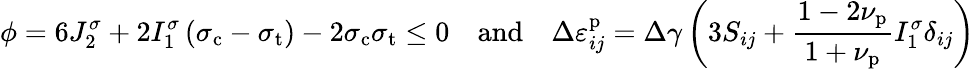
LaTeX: \phi=6J_{2}^{\sigma}+2I_{1}^{\sigma}\left(\sigma_{\mathrm{c}}-\sigma_{\mathrm{t}}\right)-2\sigma_{\mathrm{c}}\sigma_{\mathrm{t}}\leq 0\quad\mathrm{and}\quad\Delta\varepsilon_{ij}^{\mathrm{p}}=\Delta\gamma\left(3S_{ij}+\frac{1-2\nu_{\mathrm{p}}}{1+\nu_{\mathrm{p}}}I_{1}^{\sigma}\delta_{ij}\right)